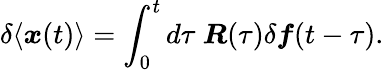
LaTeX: \delta\langle\boldsymbol{x}(t)\rangle=\int_{0}^{t}d\tau~\boldsymbol{R}(\tau)\delta\boldsymbol{f}(t-\tau).